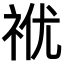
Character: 𥙜